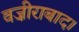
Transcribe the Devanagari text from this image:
वज़ीराबाद।